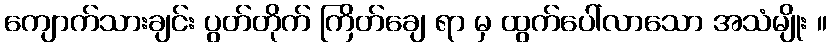
ကျောက်သားချင်း ပွတ်တိုက် ကြိတ်ချေ ရာ မှ ထွက်ပေါ်လာသော အသံမျိုး ။